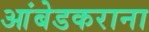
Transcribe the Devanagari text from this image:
आंबेडकराना